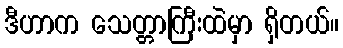
ဒီဟာက သေတ္တာကြီးထဲမှာ ရှိတယ်။